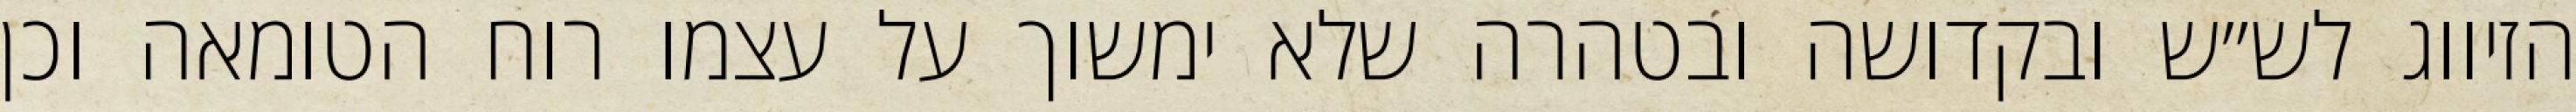
הזיווג לש״ש ובקדושה ובטהרה שלא ימשוך על עצמו רוח הטומאה וכן